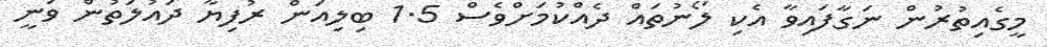
މީގެއިތުރުން ނަގާފައިވާ އެކި ލޯނުތައް ދެއްކުމަށްވެސް 1.5 ބިލިއަން ރުފިޔާ ދައުލަތުން ވަނީ